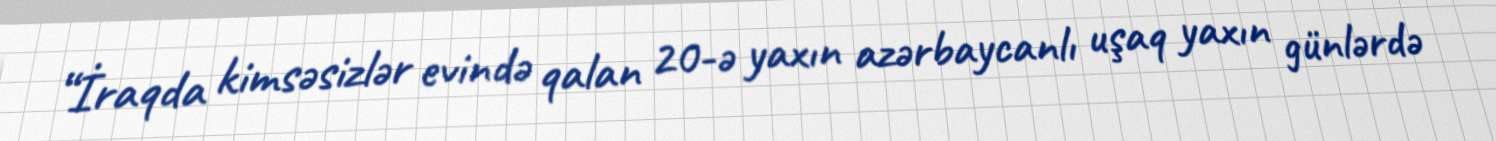
“İraqda kimsəsizlər evində qalan 20-ə yaxın azərbaycanlı uşaq yaxın günlərdə